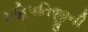
મહિપતિજીની